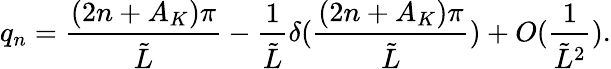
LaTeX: q_{n}=\frac{(2n+A_{K})\pi}{\tilde{L}}-\frac{1}{\tilde{L}}\delta(\frac{(2n+A_{K})\pi}{\tilde{L}})+O(\frac{1}{\tilde{L}^{2}}).